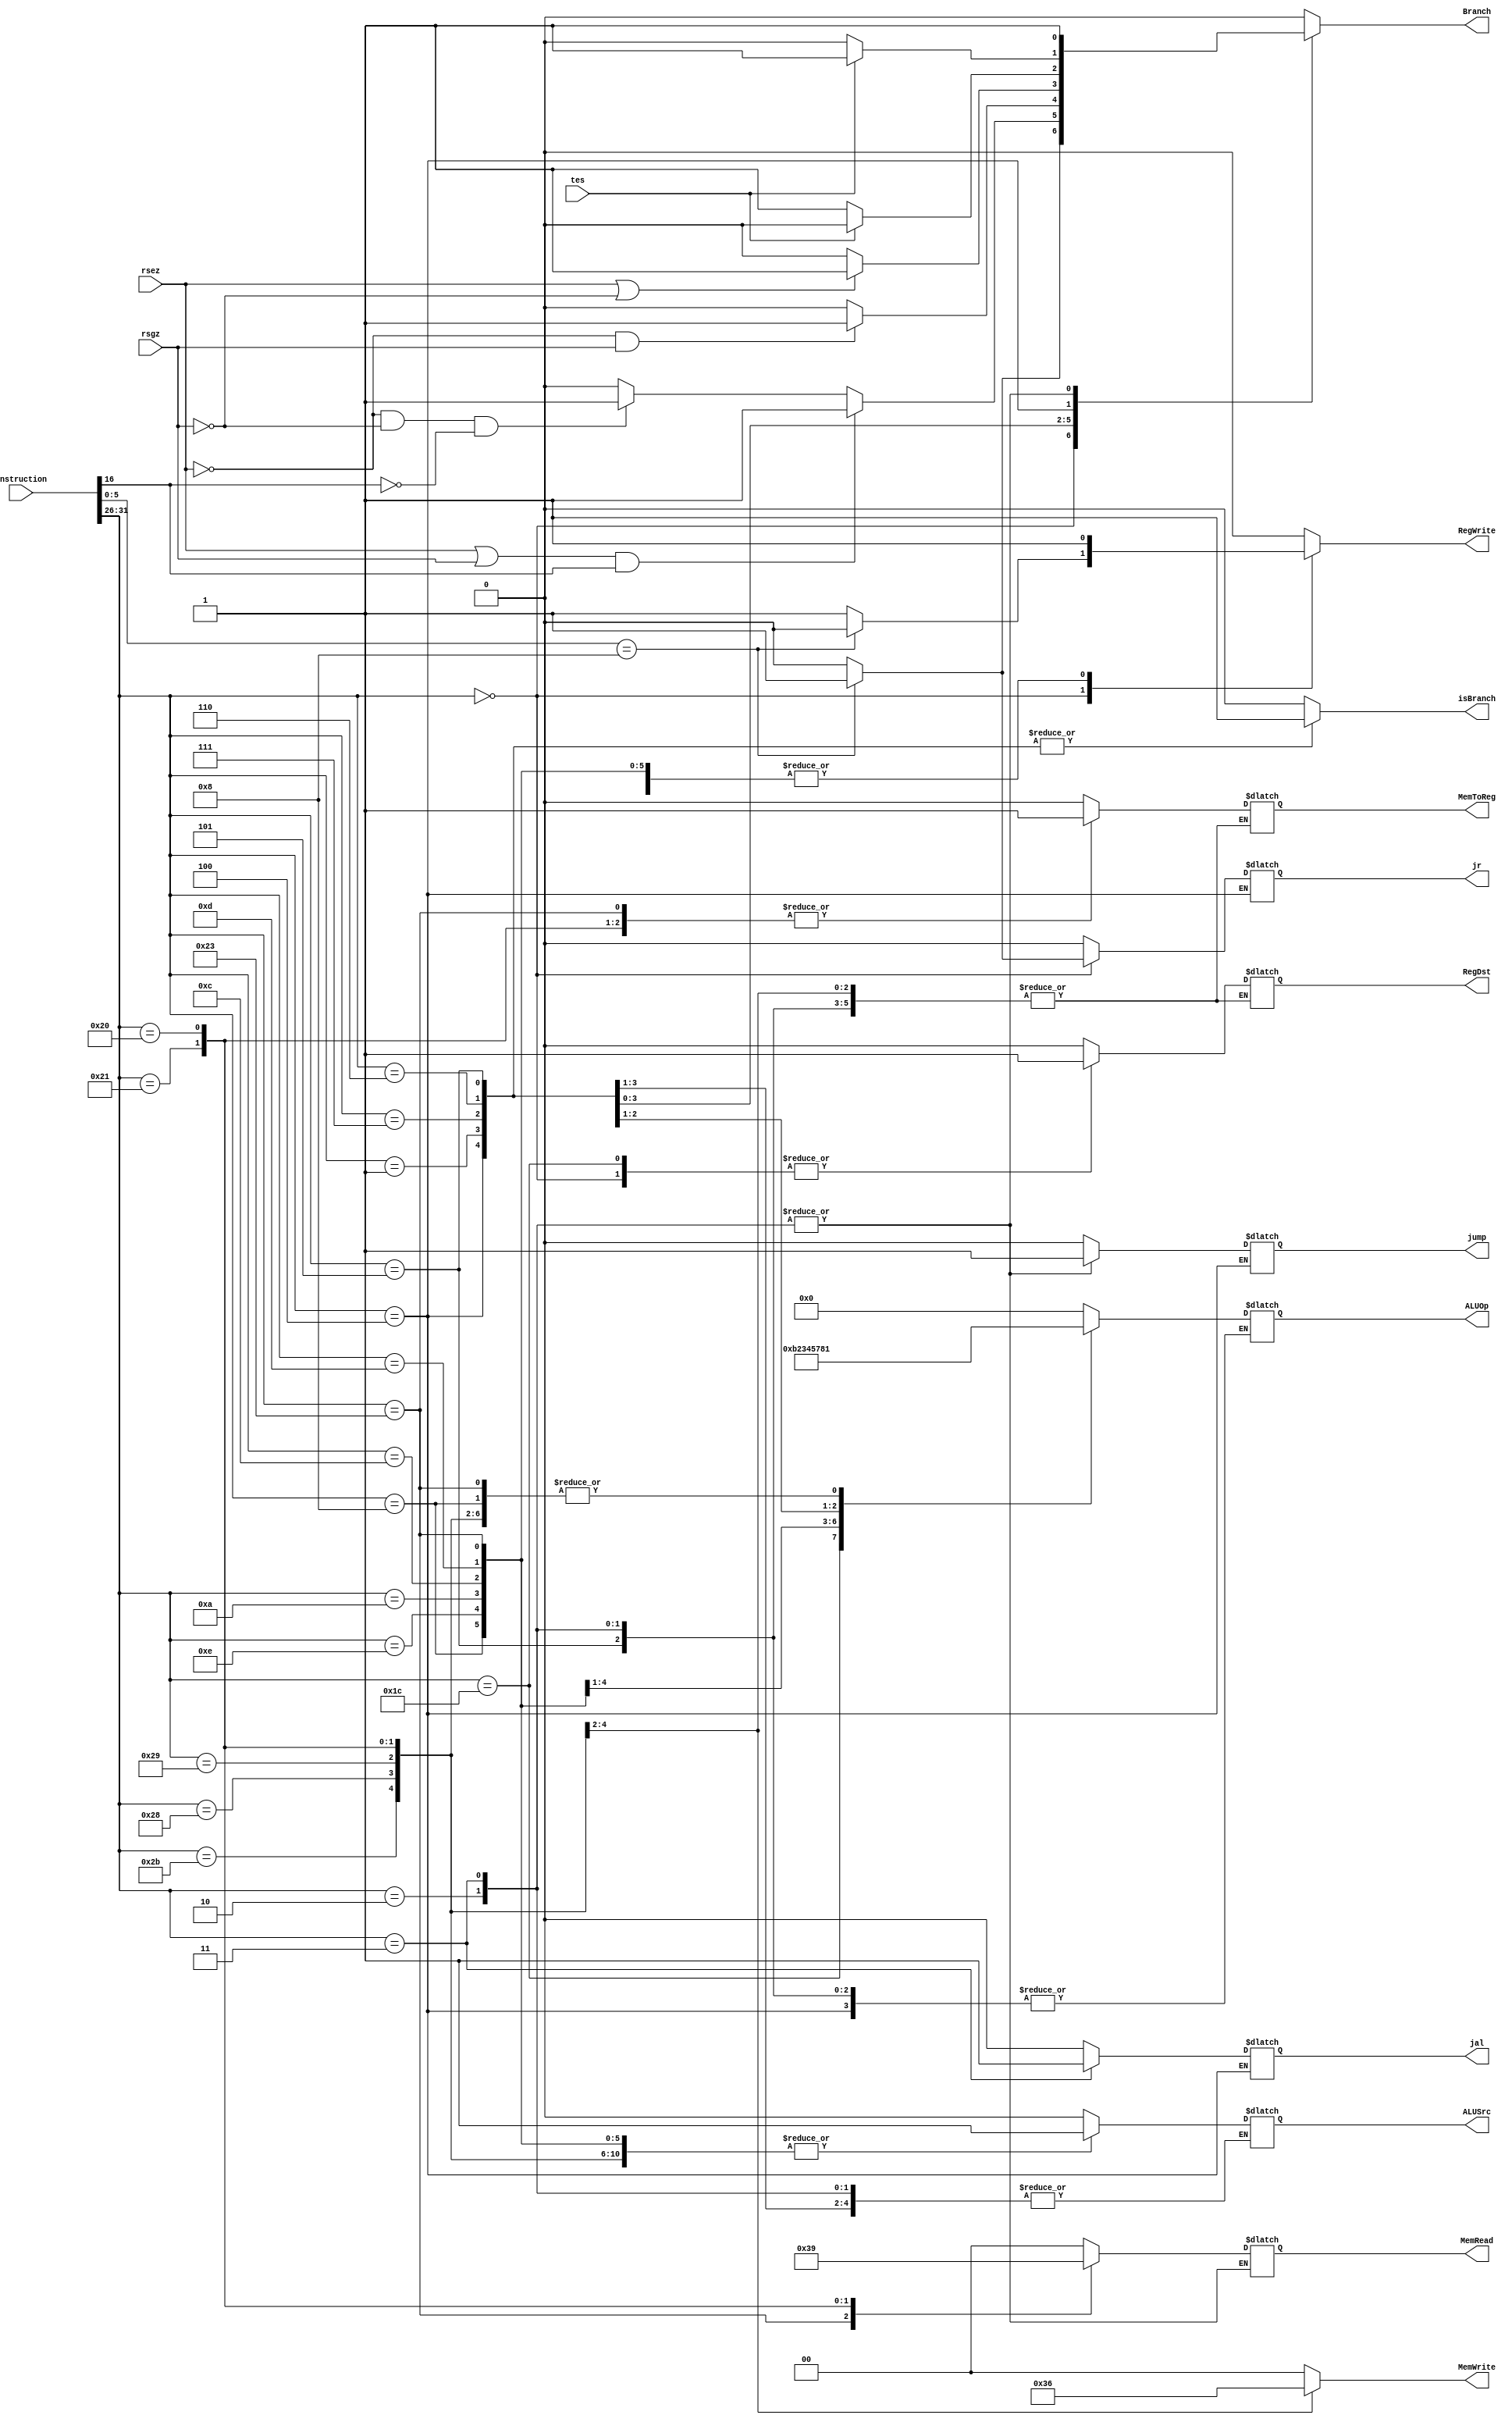
`timescale 1ns / 1ps

module Controller(rsgz, tes, rsez, Instruction, RegWrite, RegDst, ALUSrc, ALUOp, 
        MemWrite, MemRead, MemToReg,
        Branch, jump, jal, jr, isBranch);
        
        input [31:0] Instruction;
        input rsgz, tes, rsez;
        output reg isBranch; //for hazard detection

output reg RegWrite, RegDst, ALUSrc,   //  // we need JumpPC control signal for a mux, 1 if we are jumping (read from opcode) and 0 if we are not jumping
        MemToReg, Branch, jump, jal, jr;

output reg [1:0] MemRead, MemWrite; // extend the amount of bits for how many different funct codes we need to specify
output reg [3:0] ALUOp;
        //PCSrc depends on Branch

        initial begin
        isBranch <= 0; 
        RegWrite <= 0;
        RegDst <= 0;
        ALUSrc <= 0;
        MemToReg <= 0;
        Branch <= 0;
        jump <= 0;
        jal <= 0;
        jr <= 0;
        end

        always @(Instruction, rsgz, tes, rsez) begin
        case (Instruction[31:26])
        
        6'b000000: //R-type, add, and, nor, or, slt, sub, xor, sll, srl, jr  
        begin
        isBranch <= 0;        
        RegDst <=   1;
        ALUSrc <=   0;
        MemToReg <= 0;
        //RegWrite <= 1;
        MemRead <=  2'b00;
        MemWrite <= 2'b00;
        Branch <=   0;
        ALUOp <=    4'b0000;
        jump <= 0;
        jal <= 0;
        if (Instruction[5:0] == 6'b001000) begin
        jr <= 1;
        Branch <= 1;
        RegWrite <= 0;
        end
        else begin
        jr <= 0;
        RegWrite <= 1;
        end   
        end  
        6'b011100: // mul
        begin
        isBranch <= 0; 
        RegDst <=   1;
        ALUSrc <=   0;
        MemToReg <= 0;
        RegWrite <= 1;
        MemRead <=  2'b00;
        MemWrite <= 2'b00;
        Branch <=   0;
        ALUOp <=    4'b1011;
        jump <= 0;
        jal <= 0;
        jr <= 0;     
        end   
        //Immediates
        6'b001000: //addi
        begin
        isBranch <= 0; 
        RegDst <=   0;
        ALUSrc <=   1;
        MemToReg <= 0;
        RegWrite <= 1;
        MemRead <=  2'b00;
        MemWrite <= 2'b00;
        Branch <=   0;
        ALUOp <=    4'b0001;
        jump <= 0;
        jal <= 0;
        jr <= 0;
        end
        6'b001110: //XORi
        begin
        isBranch <= 0; 
        RegDst <=   0;
        ALUSrc <=   1;
        MemToReg <= 0;
        RegWrite <= 1;
        MemRead <=  2'b00;
        MemWrite <= 2'b00;
        Branch <=   0;
        ALUOp <=    4'b0010;
        jump <= 0;
        jal <= 0;
        jr <= 0;
        end
        6'b001010: //slti 
        begin
        isBranch <= 0; 
        RegDst <=   0;
        ALUSrc <=   1;
        MemToReg <= 0;
        RegWrite <= 1;
        MemRead <=  2'b00;
        MemWrite <= 2'b00;
        Branch <=   0;
        ALUOp <=    4'b0011;
        jump <= 0;
        jal <= 0;
        jr <= 0;
        end
        6'b001100: //ANDi 
        begin
        isBranch <= 0; 
        RegDst <=   0;
        ALUSrc <=   1;
        MemToReg <= 0;
        RegWrite <= 1;
        MemRead <=  2'b00;
        MemWrite <= 2'b00;
        Branch <=   0;
        ALUOp <=    4'b0100;
        jump <= 0;
        jal <= 0;
        jr <= 0;
        end
        6'b001101: //ORi 
        begin
        isBranch <= 0; 
        RegDst <=   0;
        ALUSrc <=   1;
        MemToReg <= 0;
        RegWrite <= 1;
        MemRead <=  2'b00;
        MemWrite <= 2'b00;
        Branch <=   0;
        ALUOp <=    4'b0101;
        jump <= 0;
        jal <= 0;
        jr <= 0;        
        end
        //Branches jr is included at top

        6'b000001: //BGEZ, BLTZ
        begin
        //RegDst <=   0;
        //ALUSrc <=   1;
        //MemToReg <= 0;
        RegWrite <= 0;
        MemRead <=  2'b00;
        MemWrite <= 2'b00;
        isBranch <= 1;
        ALUOp <=    4'b0000;  
        jump <= 0;
        jal <= 0;
        jr <= 0;  
        if ((rsez == 1 || rsgz == 1) && Instruction[16] == 1) begin
                Branch <= 1;
        end
        else if ((rsez == 0 && rsgz == 0) && Instruction[16] == 0) begin
                Branch <= 1;  
        end
        else
                Branch <= 0;

        end
        6'b000111: //BGTZ 
        begin
        //RegDst <=   0;
        //ALUSrc <=   1;
        //MemToReg <= 0;
        RegWrite <= 0;
        MemRead <=  2'b00;
        MemWrite <= 2'b00;
        isBranch <= 1;
        ALUOp <=    4'b0111;  
        jump <= 0;
        jal <= 0;
        jr <= 0;
        if (rsez == 0 && rsgz == 1)
                Branch <= 1;
        else
                Branch <= 0;

        end
        6'b000110: //BLEZ 
        begin
        //RegDst <=   0;
        //ALUSrc <=   1;
        //MemToReg <= 0;
        RegWrite <= 0;
        MemRead <=  2'b00;
        MemWrite <= 2'b00;
        isBranch <= 1;
        ALUOp <=    4'b1000;  
        jump <= 0;
        jal <= 0;
        jr <= 0;
        if (rsez == 1 || rsgz == 0)
                Branch <= 1;
        else
                Branch <= 0;
        end
        6'b000101: //bne
        begin
        //RegDst <=   0;
        ALUSrc <=   0;
        //MemToReg <= 0;
        RegWrite <= 0;
        MemRead <=  2'b00;
        MemWrite <= 2'b00;
        isBranch <= 1;
        //ALUOp <=    4'b1001; 
        jump <= 0;
        jal <= 0;
        jr <= 0;
        if (tes == 0)
                Branch <= 1;
        else
                Branch <= 0;
        end
        6'b000100: //BEQ 
        begin
        //RegDst <=   0;
        ALUSrc <=   0;
        //MemToReg <= 0;
        RegWrite <= 0;
        MemRead <=  2'b00;
        MemWrite <= 2'b00;
        isBranch <= 1;
        //ALUOp <=    4'b1010;
        if (tes == 1)
                Branch <= 1;
        else
                Branch <= 0;
        end
        6'b000010: //j 
        begin
        isBranch <= 0; 
        //RegDst <=   0;
        //ALUSrc <=   0;
        //MemToReg <= 0;
        RegWrite <= 0;
        //MemRead <=  2'b00;
        MemWrite <= 2'b00;
        Branch <=   1;
        //ALUOp <=    2'b01;
        jump <= 1;
        jal <= 0;
        jr <= 0;
        end
        6'b000011: //jal 
        begin
        isBranch <= 0; 
        //RegDst <=   0;
        //ALUSrc <=   0;
        //MemToReg <= 0;
        RegWrite <= 0;
        //MemRead <=  2'b00;
        MemWrite <= 2'b00;
        Branch <=   1;
        //ALUOp <=    2'b01;
        jump <= 1;
        jal <= 1;
        jr <= 0;
        end
        //Memory
        6'b100011: //lw
        begin
        isBranch <= 0; 
        RegDst <=   0;
        ALUSrc <=   1;
        MemToReg <= 1;
        RegWrite <= 1;
        MemRead <=  2'b11;
        MemWrite <= 2'b00;
        Branch <=   0;
        ALUOp <=  4'b0001;
        jump <= 0;
        jal <= 0;
        jr <= 0;
        end
        6'b101011: //sw 
        begin
        isBranch <= 0; 
        //RegDst <=   0;
        ALUSrc <=   1;
        //MemToReg <= 0;
        RegWrite <= 0;
        MemRead <=  2'b00;
        MemWrite <= 2'b11;
        Branch <=   0;
        ALUOp <=  4'b0001;
        jump <= 0;
        jal <= 0;
        jr <= 0;
        end
        6'b101000: //sb need another mux
        begin
        isBranch <= 0; 
        //RegDst <=   0;
        ALUSrc <=   1;
        //MemToReg <= 0;
        RegWrite <= 0;
        MemRead <=  2'b00;
        MemWrite <= 2'b01;
        Branch <=   0;
        ALUOp <=  4'b0001;
        jump <= 0;
        jal <= 0;
        jr <= 0;
        end
        6'b100001: //lh 
        begin
        isBranch <= 0; 
        RegDst <=   0;
        ALUSrc <=   1;
        MemToReg <= 1;
        RegWrite <= 1;
        MemRead <=  2'b10;
        MemWrite <= 2'b00;
        Branch <=   0;
        ALUOp <=  4'b0001;
        jump <= 0;
        jal <= 0;
        jr <= 0;
        end
        6'b100000: //lb 
        begin
        isBranch <= 0; 
        RegDst <=   0;
        ALUSrc <=   1;
        MemToReg <= 1;
        RegWrite <= 1;
        MemRead <=  2'b01;
        MemWrite <= 2'b00;
        Branch <=   0;
        ALUOp <=  4'b0001;
        jump <= 0;
        jal <= 0;
        jr <= 0;
        end
        6'b101001: //sh 
        begin
        isBranch <= 0; 
        //RegDst <=   0;
        ALUSrc <=   1;
        //MemToReg <= 0;
        RegWrite <= 0;
        MemRead <=  2'b00;
        MemWrite <= 2'b10;
        Branch <=   0;
        ALUOp <=  4'b0001;
        jump <= 0;
        jal <= 0;
        jr <= 0;
        end
        default: begin
        isBranch <= 0; 
        RegDst <=   0;
        ALUSrc <=   0;
        MemToReg <= 0;
        RegWrite <= 0;
        MemRead <=  0;
        MemWrite <= 0;
        Branch <=   0;
        ALUOp <=  0;
        jump <= 0;
        jal <= 0;
        jr <= 0;
        end
        endcase
        end
        

endmodule